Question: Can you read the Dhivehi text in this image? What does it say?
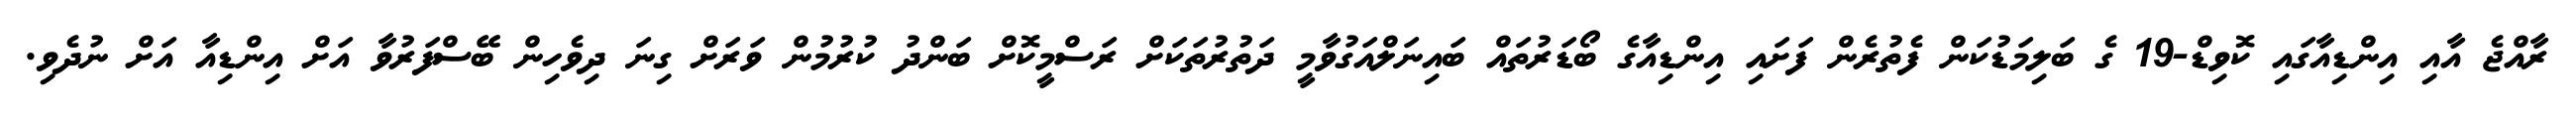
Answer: ރާއްޖެ އާއި އިންޑިއާގައި ކޮވިޑް-19 ގެ ބަލިމަޑުކަން ފެތުރެން ފަށައި އިންޑިއާގެ ބޯޑަރުތައް ބައިނަލްއަގުވާމީ ދަތުރުތަކަށް ރަސްމީކޮށް ބަންދު ކުރުމުން ވަރަށް ގިނަ ދިވެހިން ބޭސްފަރުވާ އަށް އިންޑިއާ އަށް ނުދެވި.